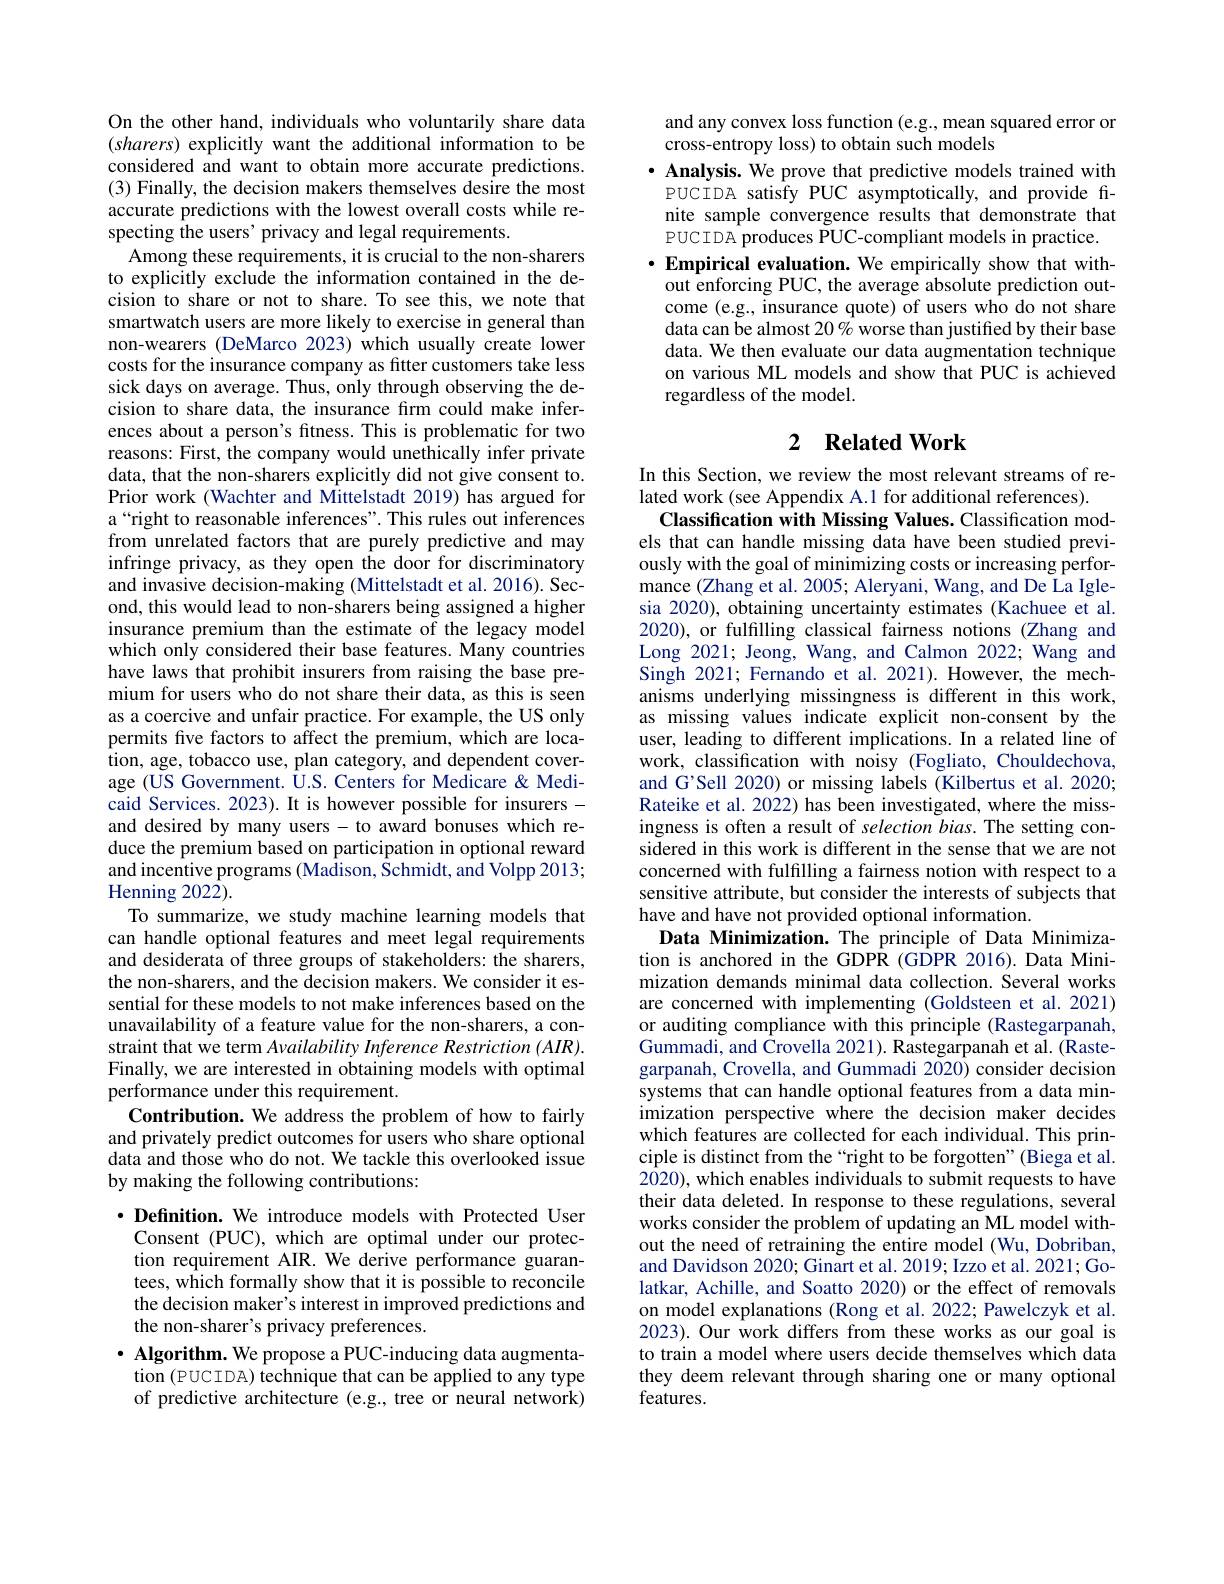
On the other hand, individuals who voluntarily share data $(sharers)$ explicitly want the additional information to be considered and want to obtain more accurate predictions. (3) Finally, the decision makers themselves desire the most accurate predictions with the lowest overall costs while respecting the users' privacy and legal requirements.
Among these requirements, it is crucial to the non-sharers to explicitly exclude the information contained in the decision to share or not to share. To see this, we note that smartwatch users are more likely to exercise in general than non-wearers (DeMarco 2023) which usually create lower costs for the insurance company as fitter customers take less sick days on average. Thus, only through observing the decision to share data, the insurance firm could make inferences about a person's fitness. This is problematic for two reasons: First, the company would unethically infer private data, that the non-sharers explicitly did not give consent to. Prior work (Wachter and Mittelstadt 2019) has argued for a“right to reasonable inferences". This rules out inferences from unrelated factors that are purely predictive and may infringe privacy, as they open the door for discriminatory and invasive decision-making (Mittelstadt et al. 2016). Second, this would lead to non-sharers being assigned a higher insurance premium than the estimate of the legacy model which only considered their base features. Many countries have laws that prohibit insurers from raising the base premium for users who do not share their data, as this is seen as a coercive and unfair practice. For example, the US only permits five factors to affect the premium, which are location, age, tobacco use, plan category, and dependent coverage (US Government. U.S. Centers for Medicare&Medicaid Services. 2023). It is however possible for insurers - and desired by many users- to award bonuses which reduce the premium based on participation in optional reward and incentive programs (Madison, Schmidt, and Volpp 2013; Henning 202$\bar{2}).$
To summarize, we study machine learning models that can handle optional features and meet legal requirements and desiderata of three groups of stakeholders: the sharers, the non-sharers, and the decision makers. We consider it essential for these models to not make inferences based on the unavailability of a feature value for the non-sharers, a constraint that we term Availability Inference Restriction (AIR). Finally, we are interested in obtaining models with optimal performance under this requirement.
Contribution. We address the problem of how to fairly and privately predict outcomes for users who share optional data and those who do not. We tackle this overlooked issue by making the following contributions:
$\cdot \textbf{Definition. We introduce models with Protected User}$

Consent (PUC), which are optimal under our protection requirement AIR. We derive performance guarantees, which formally show that it is possible to reconcile the decision maker's interest in improved predictions and the non-sharer's privacy preferences.
$\cdot$ Algorithm. We propose a PUC-inducing data augmentation (PUCIDA) technique that can be applied to any type of predictive architecture (e.g., tree or neural network)

and any convex loss function (e.g., mean squared error or
cross-entropy loss) to obtain such models
$\cdot$ Analysis. We prove that predictive models trained with PUCTDA satisfy PUC asymptotically, and provide finite sample convergence results that demonstrate that PUCIDA produces PUC-compliant models in practice. $\cdot$ Empirical evaluation. We empirically show that without enforcing PUC, the average absolute prediction outcome (e.g., insurance quote) of users who do not share data can be almost $20\%$ worse than justified by their base data. We then evaluate our data augmentation technique on various ML models and show that PUC is achieved regardless of the model.

# 2 Related Work

In this Section, we review the most relevant streams of re-
lated work (see Appendix A.1 for additional references).
Classification with Missing Values. Classification models that can handle missing data have been studied previously with the goal of minimizing costs or increasing performance (Zhang et al. 2005; Aleryani, Wang, and De La Iglesia 2020), obtaining uncertainty estimates (Kachuee et al. 2020), or fulfilling classical fairness notions (Zhang and Long 2021; Jeong, Wang, and Calmon 2022; Wang and Singh 2021; Fernando et al. 2021). However, the mechanisms underlying missingness is different in this work, as missing values indicate explicit non-consent by the user, leading to different implications. In a related line of work, classification with noisy (Fogliato, Chouldechova, and G'Sell 2020) or missing labels (Kilbertus et al. 2020; Rateike et al. 2022) has been investigated, where the missingness is often a result of selection bias. The setting considered in this work is different in the sense that we are not concerned with fulfilling a fairness notion with respect to a sensitive attribute, but consider the interests of subjects that have and have not provided optional information.
Data Minimization. The principle of Data Minimization is anchored in the GDPR (GDPR 2016).Data Minimization demands minimal data collection. Several works are concerned with implementing (Goldsteen et al.2021) or auditing compliance with this principle (Rastegarpanah, Gummadi, and Crovella 2021). Rastegarpanah et al. (Rastegarpanah, Crovella, and Gummadi 2020) consider decision systems that can handle optional features from a data minimization perspective where the decision maker decides which features are collected for each individual. This principle is distinct from the `right to be forgotten" (Biega et al. 2020), which enables individuals to submit requests to have their data deleted. In response to these regulations, several works consider the problem of updating an ML model without the need of retraining the entire model (Wu, Dobriban, and Davidson 2020; Ginart et al. 2019; Izzo et al. 2021; Golatkar, Achille, and Soatto 2020) or the effect of removals on model explanations (Rong et al. 2022; Pawelczyk et al. 2023). Our work differs from these works as our goal is to train a model where users decide themselves which data they deem relevant through sharing one or many optional features.